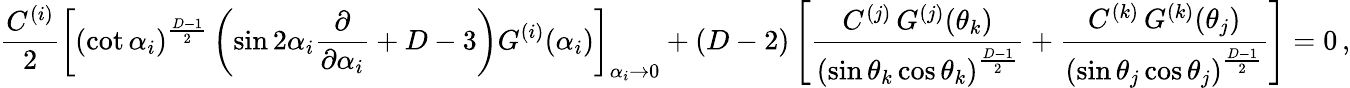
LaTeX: \frac{C^{(i)}}{2}\left[\left(\cot\alpha_{i}\right)^{\frac{D-1}{2}}\left(\sin 2\alpha_{i}\frac{\partial}{\partial\alpha_{i}}+D-3\right)G^{(i)}(\alpha_{i})\right]_{\alpha_{i}\rightarrow 0}+(D-2)\left[\frac{C^{(j)}\, G^{(j)}(\theta_{k})}{\left(\sin\theta_{k}\cos\theta_{k}\right)^{\frac{D-1}{2}}}+\frac{C^{(k)}\, G^{(k)}(\theta_{j})}{\left(\sin\theta_{j}\cos\theta_{j}\right)^{\frac{D-1}{2}}}\right]=0\, ,